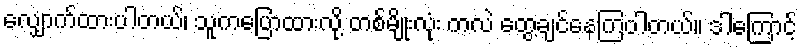
လျှောက်ထားပါတယ်၊ သူကပြောထားလို့ တစ်မျိုးလုံး ကလဲ တွေ့ချင်နေကြပါတယ်။ ဒါကြောင့်